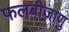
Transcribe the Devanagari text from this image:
फलबीजाणु